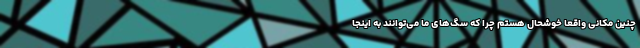
چنین مکانی واقعا خوشحال هستم چرا که سگ‌های ما می‌توانند به اینجا